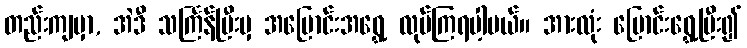
တည်းကျမှာ, အဲဒီ သင်္ကြန်ပြီးမှ အပြောင်းအရွှေ့ လုပ်ကြရပါ့မယ်။ အားလုံး ပြောင်းရွှေ့ပြီး၍